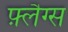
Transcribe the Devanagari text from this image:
फ़्लैग्स